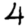
Digit: 4